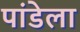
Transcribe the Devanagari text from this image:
पांडेला